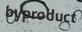
byproduct